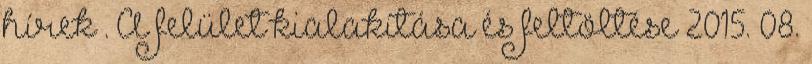
hírek . A felület kialakítása és feltöltése 2015. 08.